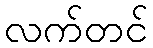
လက်တင်